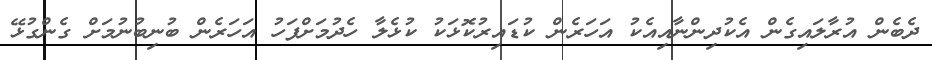
ދެބެން އުރާލައިގެން އެކުދިންނާއިއެކު އަހަރެން ކުޑައިރުކޮޅަކު ކުޅެލާ ހެދުމަށްފަހު އަހަރެން ބުނިބުނުމަށް ގެންގުޅޭ